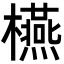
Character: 𣟛